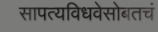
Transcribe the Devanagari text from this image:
सापत्यविधवेसोबतचं